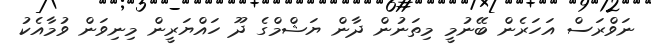
ނަވްރަސް އަހަރެން ބޭނުމީ މިތަނުން ދާން ޔަޝްމްގެ ދޫ ހައްޔަރީން މިނިވަން ވުމާއެކު